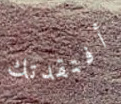
أفتقدتك